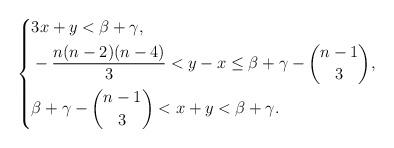
LaTeX: \begin{align*} \left\{ \begin{aligned}& 3x + y < \beta +\gamma, \\&-\frac{n(n-2)(n-4)}{3} < y-x \leq \beta + \gamma - \binom{n-1}{3}, \\&\beta + \gamma - \binom{n-1}{3} < x + y < \beta + \gamma .\end{aligned}\right. \end{align*}